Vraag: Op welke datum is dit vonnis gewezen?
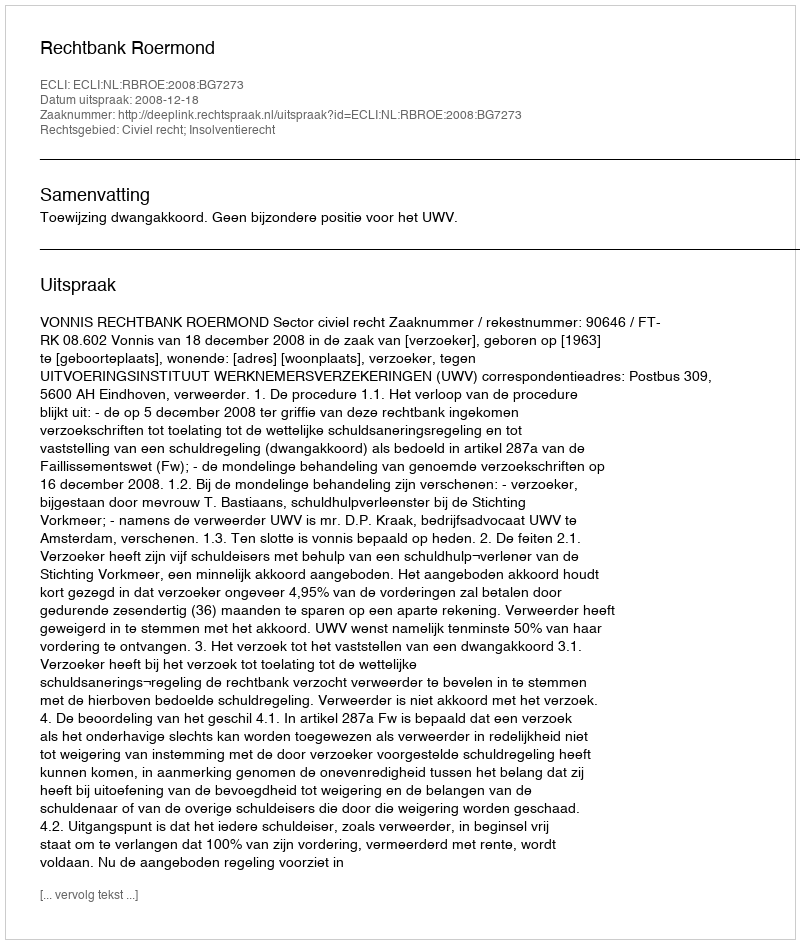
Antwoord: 2008-12-18